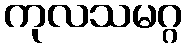
ကုလသမဂ္ဂ